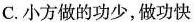
C.小方做的功少，做功快